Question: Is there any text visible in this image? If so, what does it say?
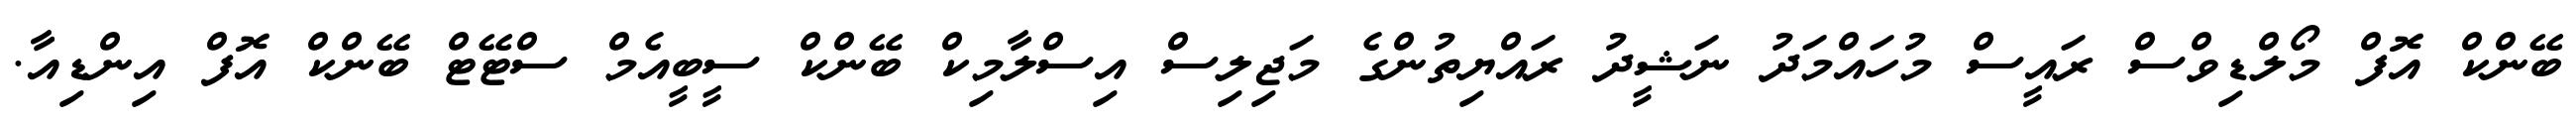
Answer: ބޭންކް އޮފް މޯލްޑިވްސް ރައީސް މުހައްމަދު ނަޝީދު ރައްޔިތުންގެ މަޖިލިސް އިސްލާމިކް ބޭންކް ސީބީއެމް ސްޓޭޓް ބޭންކް އޮފް އިންޑިއާ.